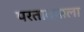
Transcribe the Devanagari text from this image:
परताव्याला